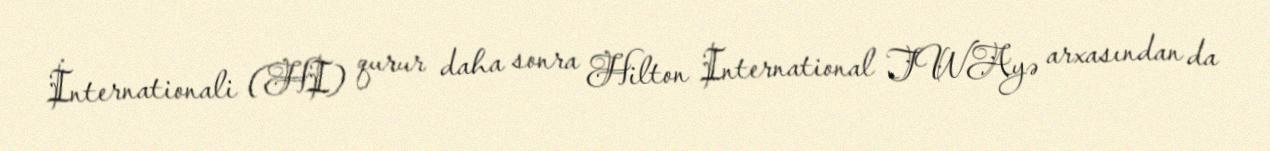
İnternationali (HI) qurur daha sonra Hilton International TWAyə arxasından da